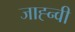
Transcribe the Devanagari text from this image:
जाह्न्वी